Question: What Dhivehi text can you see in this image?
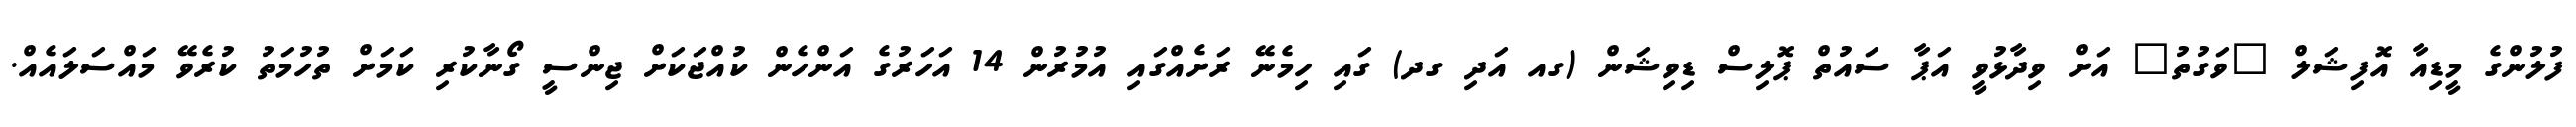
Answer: ފުލުންގެ މީޑިއާ އޮފިޝަލް "ވަގުތު" އަށް ވިދާޅުވީ އަޕާ ސައުތް ޕޮލިސް ޑިވިޝަން (ގއ އަދި ގދ) ގައި ހިމެނޭ ރަށެއްގައި އުމުރުން 14 އަހަރުގެ އަންހެން ކުއްޖަކަށް ޖިންސީ ގޯނާކުރި ކަމަށް ތުހުމަތު ކުރެވޭ މައްސަލައެއް.